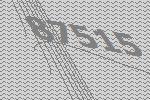
87515